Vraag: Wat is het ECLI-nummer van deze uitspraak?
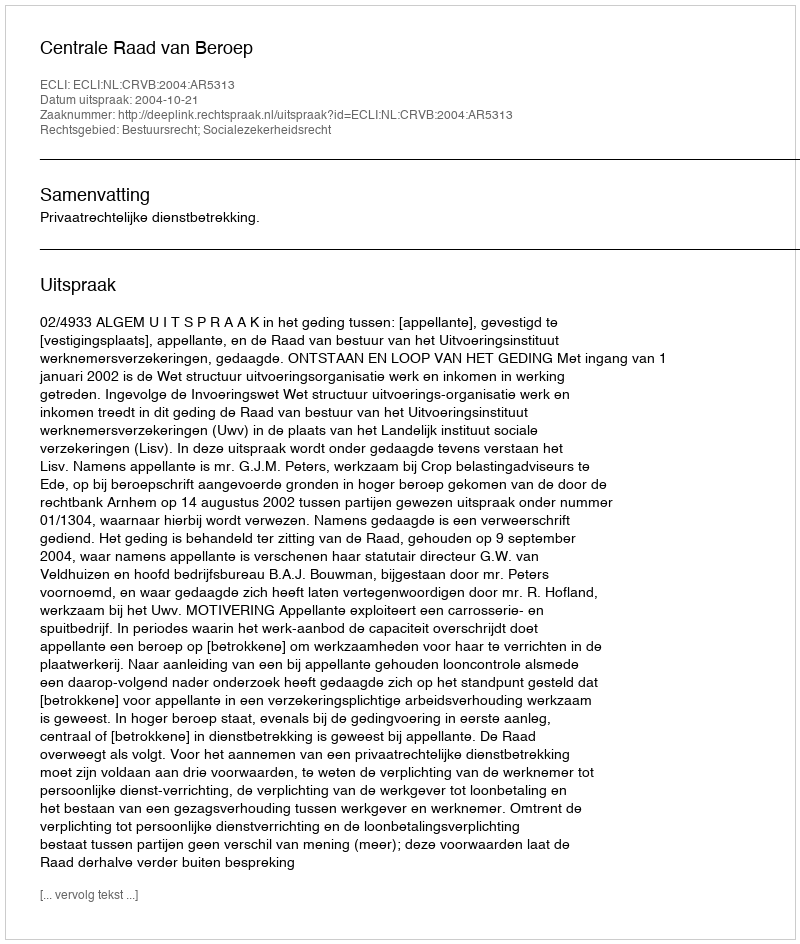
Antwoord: ECLI:NL:CRVB:2004:AR5313